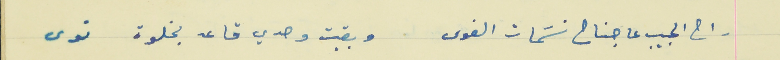
راح الحبيب عا جناح نسَمات الغوى                       وبقيت وحدي قاعد بخلوة نوى